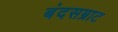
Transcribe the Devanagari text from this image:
बंदसम्राट